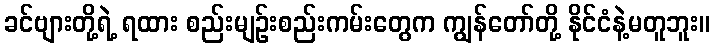
ခင်ဗျားတို့ရဲ့ ရထား စည်းမျဉ်းစည်းကမ်းတွေက ကျွန်တော်တို့ နိုင်ငံနဲ့မတူဘူး။